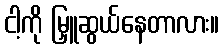
ငါ့ကို မြှူဆွယ်နေတာလား။